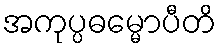
အကုပ္ပဓမ္မောပီတိ